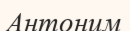
Антоним